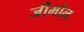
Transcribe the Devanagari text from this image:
जीमोल